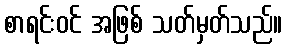
စာရင်းဝင် အဖြစ် သတ်မှတ်သည်။